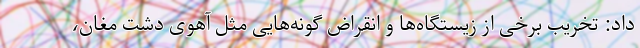
داد: تخریب برخی از زیستگاه‌ها و انقراض گونه‌هایی مثل آهوی دشت مغان،